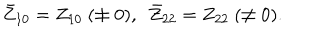
\bar { Z } _ { 1 0 } = Z _ { 1 0 } ~ ( \neq 0 ) , ~ ~ \bar { Z } _ { 2 2 } = Z _ { 2 2 } ~ ( \neq 0 ) .